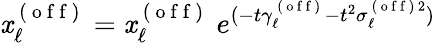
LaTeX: \mathit{x}_{\ell}^{\mathrm{{~(~o~f~f~)~}}}=\mathit{x}_{\ell}^{\mathrm{{~(~o~f~f~)~}}}\ e^{(-t\gamma_{\ell}^{\mathrm{{~(~o~f~f~)~}}}-t^{2}\sigma_{\ell}^{\mathrm{{~(~o~f~f~)~}}2})}